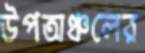
উপঅঞ্চলের